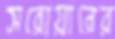
সরোয়ারের